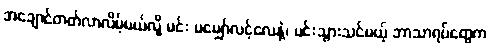
အချောင်တတ်လာလိမ့်မယ်လို့ မင်း မမျှော်လင့်လေနဲ့၊ မင်းသွားသင်မယ့် ဘာသာရပ်တွေက